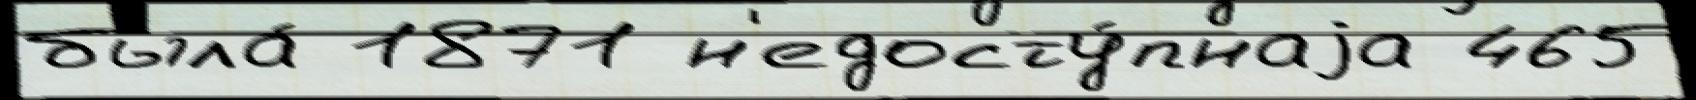
была́ 1871 н'едосту́пнаjа 465